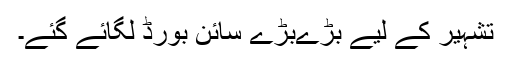
تشہیر کے لیے بڑےبڑے سائن بورڈ لگائے گئے۔